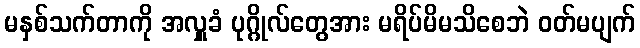
မနှစ်သက်တာကို အလှူခံ ပုဂ္ဂိုလ်တွေအား မရိပ်မိမသိစေဘဲ ဝတ်မပျက်